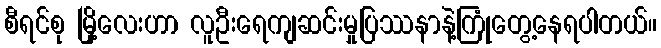
စီရင်စု မြို့လေးဟာ လူဦးရေကျဆင်းမှုပြဿနာနဲ့ကြုံတွေ့နေရပါတယ်။